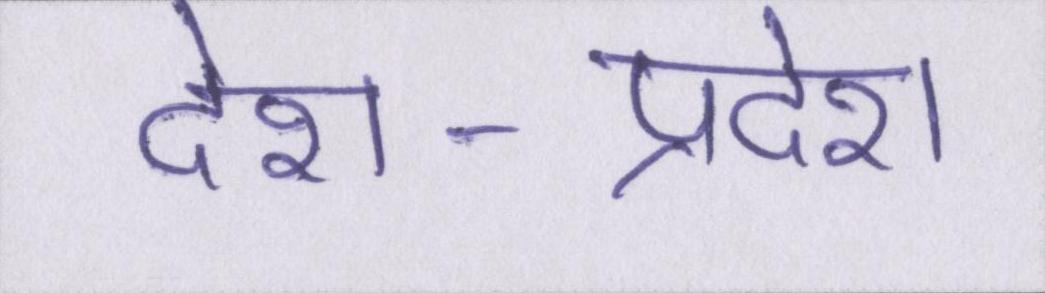
देश-प्रदेश